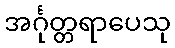
အင်္ဂုတ္တရာပေသု